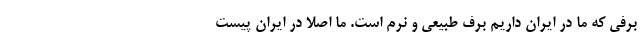
برفی که ما در ایران داریم برف طبیعی و نرم است. ما اصلا در ایران پیست